Annual report of the Madras Medical College
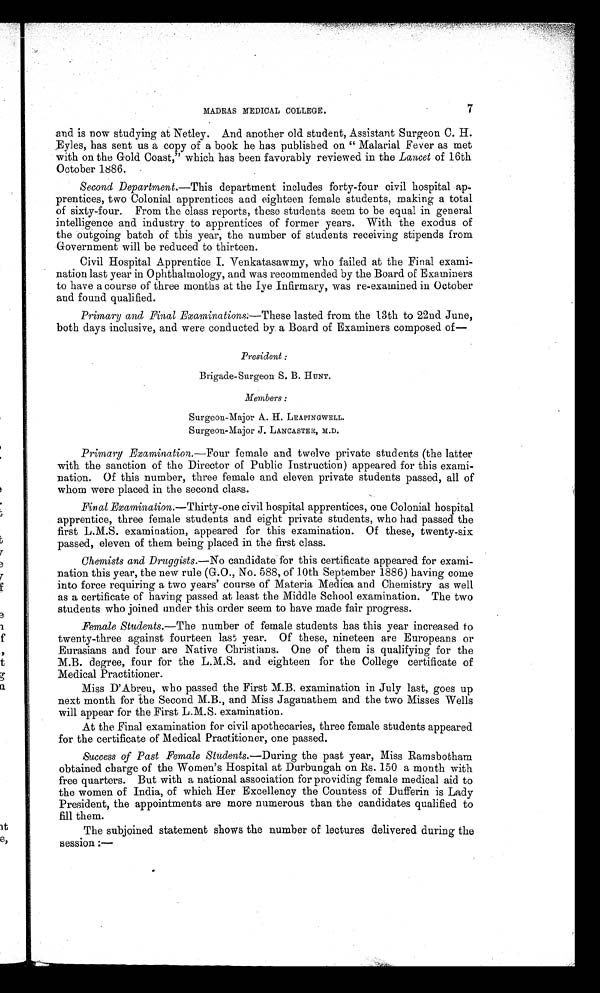
7
MADRAS MEDICAL COLLEGE.
and is now studying at Netley. And another old student, Assistant Surgeon C. H.
Eyles, has sent us a copy of a book he has published on “ Malarial Fever as met
with on the Gold Coast,” which has been favorably reviewed in the Lancet of 16th
October 1886.
Second Department.— This department includes forty-four civil hospital ap¬
prentices, two Colonial apprentices and eighteen female students, making a total
of sixty-four. From the class reports, these students seem to be equal in general
intelligence and industry to apprentices of former years. With the exodus of
the outgoing batch of this year, the number of students receiving stipends from
Government will be reduced to thirteen.
Civil Hospital Apprentice I. Venkatasawmy, who failed at the Final exami-
nation last year in Ophthalmology, and was recommended by the Board of Examiners
to have a course of three months at the Iye Infirmary, was re-examined in October
and found qualified.
Primary and Final Examinations.— These lasted from the 13th to 22nd June,
both days inclusive, and were conducted by. a Board of Examiners composed of—
President :
Brigade-Surgeon S. B. HUNT.
Members :
Surgeon-Major A. H. LEAPINGWELL.
Surgeon-Major J. LANCASTER, M.D.
Primary Examination.—Four female and twelve private students (the latter
with the sanction of the Director of Public Instruction) appeared for this exami-
nation. Of this number, three female and eleven private students passed, all of
whom were placed in the second class.
Final Examination.—Thirty-one civil hospital apprentices, one Colonial hospital
apprentice, three female students and eight private students, who had passed the
first L.M.S. examination, appeared for this examination. Of these, twenty-six
passed, eleven of them being placed in the first class.
Chemists and Druggists.— No candidate for this certificate appeared for exami-
nation this year, the new rule (G.O., No. 588, of 10th September 1886) having come
into force requiring a two years’ course of Materia Medica and Chemistry as well
as a certificate of having passed at least the Middle School examination. The two
students who joined under this order seem to have made fair progress.
Female Students.—The number of female students has this year increased to
twenty-three against fourteen last year. Of these, nineteen are Europeans or
Eurasians and four are Native Christians. One of them is qualifying for the
M.B. degree, four for the L.M.S. and eighteen for the College certificate of
Medical Practitioner.
Miss D’Abreu, who passed the First M.B. examination in July last, goes up
next month for the Second M.B., and Miss Jaganathem and the two Misses Wells
will appear for the First L.M.S. examination.
At the Final examination for civil apothecaries, three female students appeared
for the certificate of Medical Practitioner, one passed.
Success of Past Female Students. —During the past year, Miss Ramsbotham
obtained charge of the Women’s Hospital at Durbungah on Rs. 150 a month with
free quarters. But with a national association for providing female medical aid to
the women of India, of which Her Excellency the Countess of Dufferin is Lady
President, the appointments are more numerous than the candidates qualified to
fill them.
The subjoined statement shows the number of lectures delivered during the
session:—